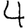
Digit: 4